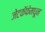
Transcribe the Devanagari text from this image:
जेटकॅफेमधून